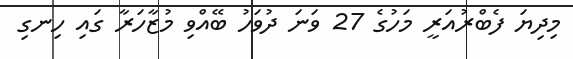
މިދިޔަ ފެބްރުއަރީ މަހުގެ 27 ވަނަ ދުވަހު ބޭއްވި މުޒާހަރާ ގައި ހިނގި